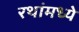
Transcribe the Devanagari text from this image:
रथांमध्ये